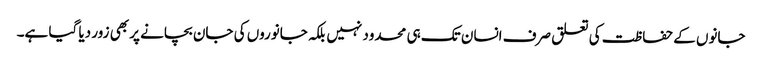
جانوں کے حفاظت کی تعلق صرف انسان تک ہی محدود نہیں بلکہ جانوروں کی جان بچانے پر بھی زور دیا گیا ہے۔